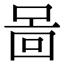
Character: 啚